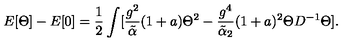
E [ \Theta ] - E [ 0 ] = { \frac { 1 } { 2 } } \int [ { \frac { g ^ { 2 } } { \tilde { \alpha } } } ( 1 + a ) \Theta ^ { 2 } - { \frac { g ^ { 4 } } { \tilde { \alpha } _ { 2 } } } ( 1 + a ) ^ { 2 } \Theta D ^ { - 1 } \Theta ] .